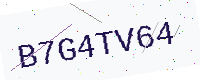
Text: B7G4TV64